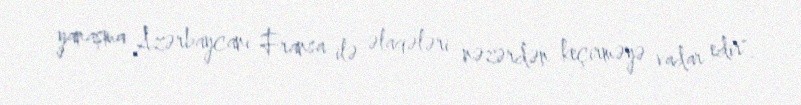
yanaşma Azərbaycanı Fransa ilə əlaqələri nəzərdən keçirməyə vadar edir".